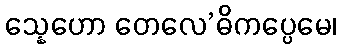
သ္နေဟော တေလေ’ဓိကပ္ပေမေ၊